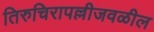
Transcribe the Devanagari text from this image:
तिरुचिरापल्लीजवळील